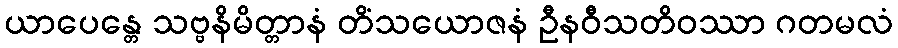
ယာပေန္တေ သဗ္ဗနိမိတ္တာနံ တိံသယောဇနံ ဦနဝီသတိဝဿာ ဂတမလံ